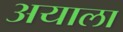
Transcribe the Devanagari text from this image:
अयाला